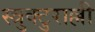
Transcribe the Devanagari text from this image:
स्त्रुक्टुराल्ली